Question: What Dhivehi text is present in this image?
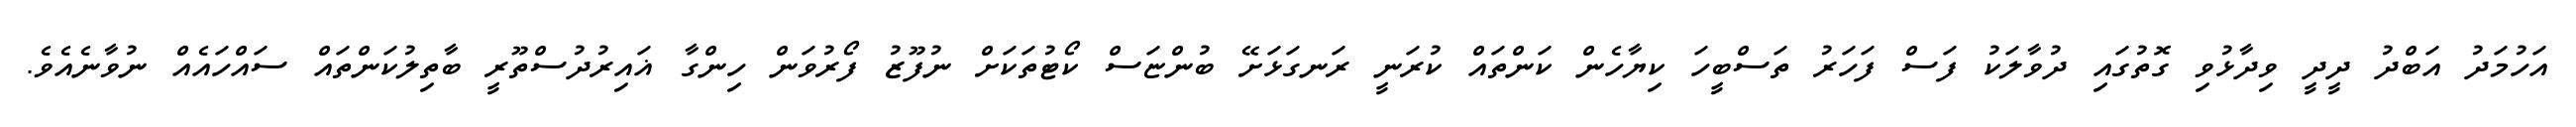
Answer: އަހުމަދު އަބްދު ދީދީ ވިދާޅުވި ގޮތުގައި ދުވާލަކު ފަސް ފަހަރު ތަސްބީހަ ކިޔާހެން ކަންތައް ކުރަނީ ރަނގަޅަށޭ ބުންޏަސް ކޯޓުތަކަށް ނުފޫޒު ފޯރުވަން ހިންގާ ޣައިރުދުސްތޫރީ ބާތިލުކަންތައް ސައްހައެއް ނުވާނެއެވެ.